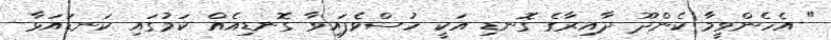
" އެހެންވީމާ ކެންދޫ ދާއިރާގެ ގޮނޑި އަކީ ހުސްވެފައިވާ ގޮނޑިއެއް ކަމުގައި ކަނޑައަޅާ